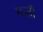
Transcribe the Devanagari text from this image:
मन्तौ